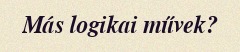
Más logikai művek?